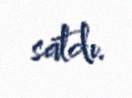
satdı.